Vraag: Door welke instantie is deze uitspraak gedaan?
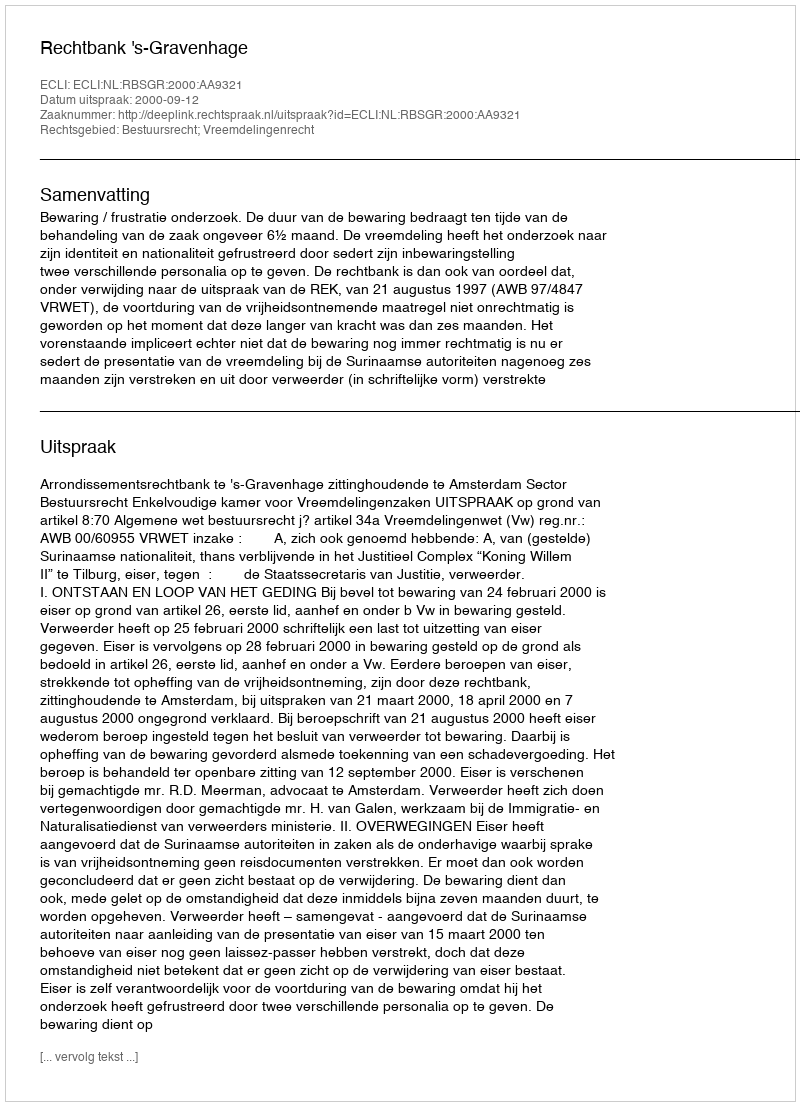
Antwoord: Rechtbank 's-Gravenhage